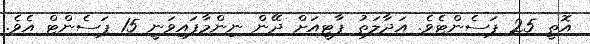
އޮތީ 25 ޕަސެންޓެވެ. އަދާލަތު ޕާޓީއަށް ދޭން ނިންމާފައިވަނީ 15 ޕަސެންޓް އެވެ.